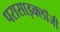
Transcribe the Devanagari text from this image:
परासाइक्लॉजी